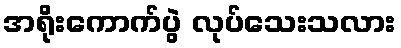
အရိုးကောက်ပွဲ လုပ်သေးသလား